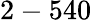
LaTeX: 2-540